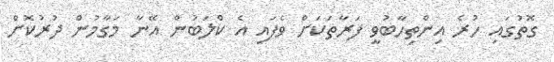
ގޮތުގައި ހުރެ އިންތިހާބުވީ ފަރާތަކަށް ވެފައި އެ ކްލަބުން އޭނާ މަގާމުން ދުރުކޮށް